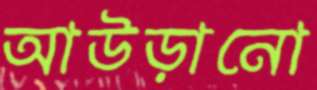
আউড়ানো